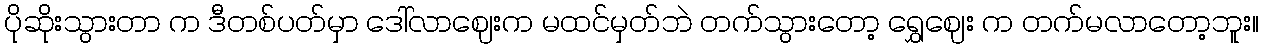
ပိုဆိုးသွားတာ က ဒီတစ်ပတ်မှာ ဒေါ်လာဈေးက မထင်မှတ်ဘဲ တက်သွားတော့ ရွှေဈေး က တက်မလာတော့ဘူး။